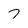
Character: 7